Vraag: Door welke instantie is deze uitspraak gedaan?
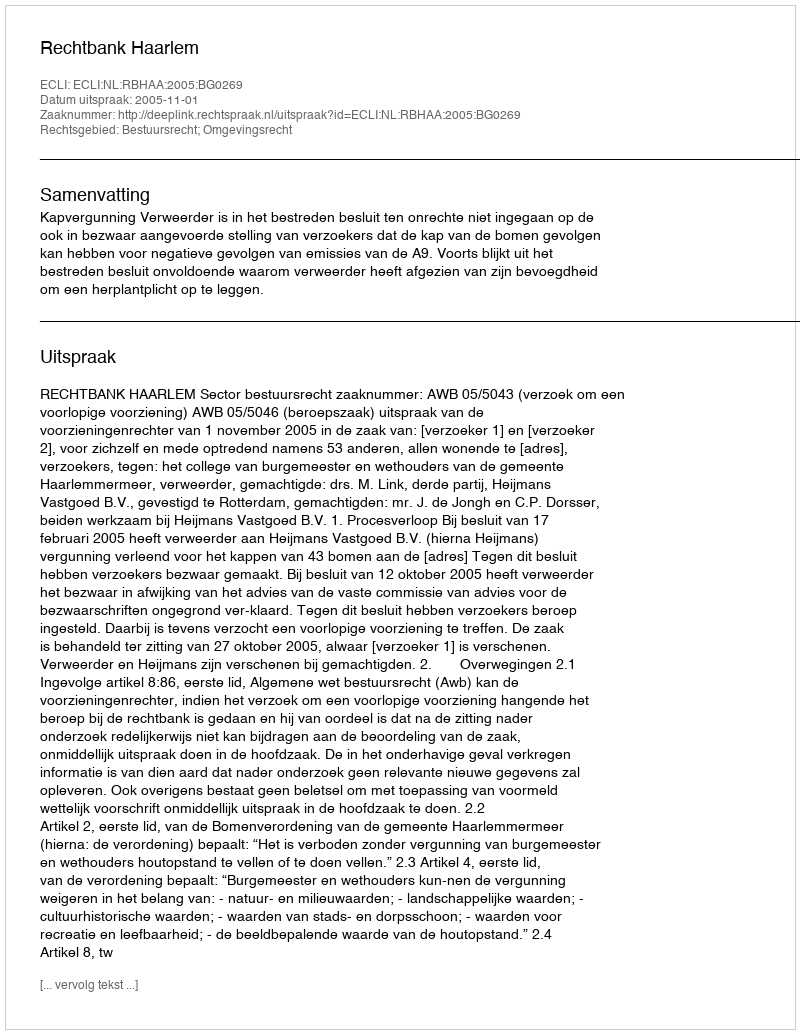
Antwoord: Rechtbank Haarlem